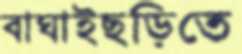
বাঘাইছড়িতে